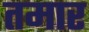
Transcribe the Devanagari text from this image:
तमार